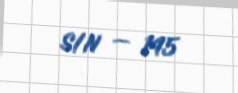
S/N — 145